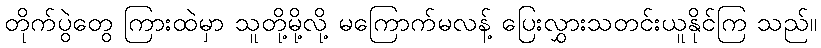
တိုက်ပွဲတွေ ကြားထဲမှာ သူတို့မို့လို့ မကြောက်မလန့် ပြေးလွှားသတင်းယူနိုင်ကြ သည်။